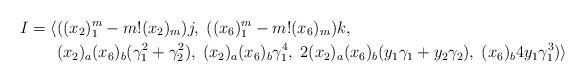
LaTeX: \begin{align*}I=\langle&((x_2)_1^m-m!(x_2)_m)j,\;((x_6)_1^m-m!(x_6)_m)k, \\& (x_2)_a(x_6)_b(\gamma_1^2+\gamma_2^2),\;(x_2)_a(x_6)_b\gamma_1^4,\;2(x_2)_a(x_6)_b(y_1\gamma_1+y_2\gamma_2),\;(x_6)_b4y_1\gamma_1^3)\rangle\end{align*}